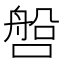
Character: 𰈧